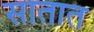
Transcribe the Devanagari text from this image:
सातात